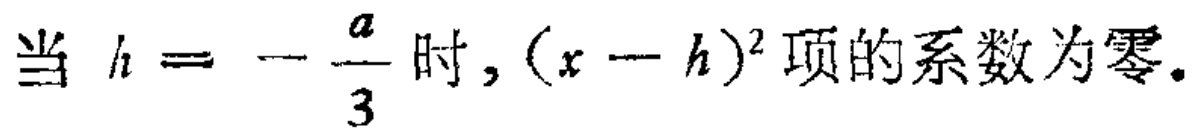
当 \(h = - \frac{a}{3}\) 时, \((x - h)^2\) 项的系数为零.